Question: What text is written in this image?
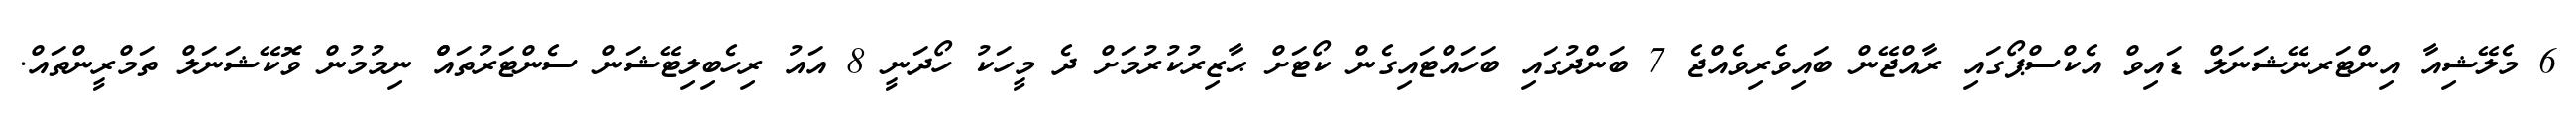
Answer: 6 މެލޭޝިއާ އިންޓަރނޭޝަނަލް ޑައިވް އެކްސްޕޯގައި ރާއްޖޭން ބައިވެރިވެއްޖެ 7 ބަންދުގައި ބަހައްޓައިގެން ކޯޓަށް ޙާޒިރުކުރުމަށް ދެ މީހަކު ހޯދަނީ 8 އައު ރިހެބިލިޓޭޝަން ސެންޓަރުތައްް ނިމުމުން ވޮކޭޝަނަލް ތަމްރީންތައް.